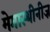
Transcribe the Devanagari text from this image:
मेगास्थीनीज़